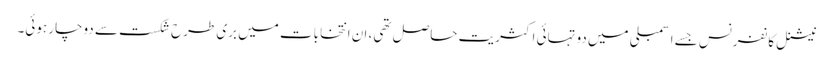
نیشنل کانفرنس جسے اسمبلی میں دو تہائی اکثریت حاصل تھی، ان انتخابات میں بری طرح شکست سے دوچار ہوئی۔